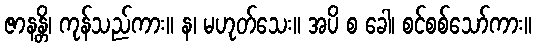
ဇာနန္တိ၊ ကုန်သည်ကား။ န၊ မဟုတ်သေး။ အပိ စ ခေါ၊ စင်စစ်သော်ကား။